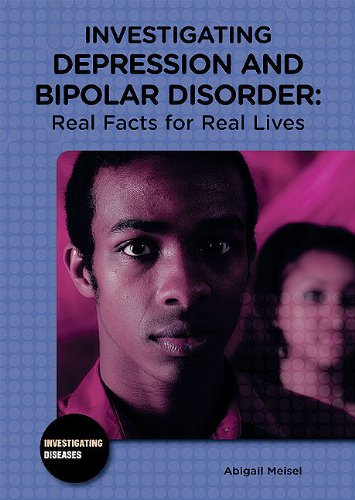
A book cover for Investigating Depression and Bipolar Disorder: Real Facts for Real Lives (Investigating Diseases); Abigail Meisel; Teen & Young Adult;